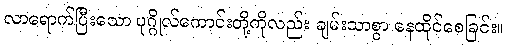
လာရောက်ပြီးသော ပုဂ္ဂိုလ်ကောင်းတို့ကိုလည်း ချမ်းသာစွာ နေထိုင်စေခြင်း။